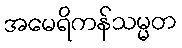
အမေရိကန်သမ္မတ